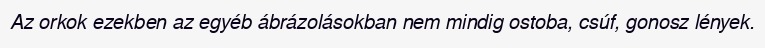
Az orkok ezekben az egyéb ábrázolásokban nem mindig ostoba, csúf, gonosz lények.